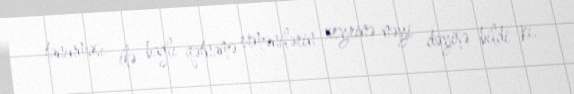
tanınması ilə bağlı qətnamə ermənilərin xeyrinə nəyi dəyişə bildi ki,